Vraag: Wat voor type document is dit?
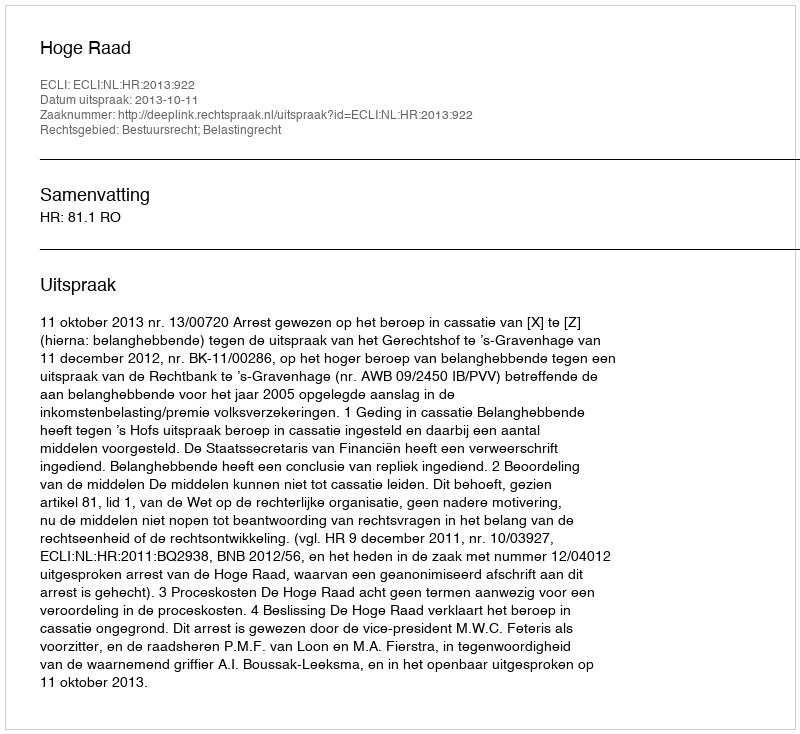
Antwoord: Uitspraak